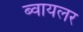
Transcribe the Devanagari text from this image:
ब्वायलर